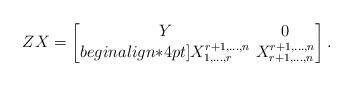
LaTeX: \begin{align*}\arraycolsep=2ptZ X=\left[\begin{matrix}Y & 0 \\begin{align*}4pt]X^{r+1,\ldots,n}_{1,\ldots,r} & X^{r+1,\ldots,n}_{r+1,\ldots,n}\end{matrix}\right]. \end{align*}